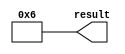
// megafunction wizard: %LPM_CONSTANT%
// GENERATION: STANDARD
// VERSION: WM1.0
// MODULE: LPM_CONSTANT 

// ============================================================
// Megafunction Name(s):
// 			LPM_CONSTANT
//
// Simulation Library Files(s):
// 			
// ============================================================
// ************************************************************
// THIS IS A WIZARD-GENERATED FILE. DO NOT EDIT THIS FILE!
//
// 13.0.1 Build 232 06/12/2013 SP 1 SJ Full Version
// ************************************************************


//Copyright (C) 1991-2013 Altera Corporation
//Your use of Altera Corporation's design tools, logic functions 
//and other software and tools, and its AMPP partner logic 
//functions, and any output files from any of the foregoing 
//(including device programming or simulation files), and any 
//associated documentation or information are expressly subject 
//to the terms and conditions of the Altera Program License 
//Subscription Agreement, Altera MegaCore Function License 
//Agreement, or other applicable license agreement, including, 
//without limitation, that your use is for the sole purpose of 
//programming logic devices manufactured by Altera and sold by 
//Altera or its authorized distributors.  Please refer to the 
//applicable agreement for further details.


//lpm_constant CBX_AUTO_BLACKBOX="ALL" ENABLE_RUNTIME_MOD="NO" LPM_CVALUE=00000006 LPM_WIDTH=32 result
//VERSION_BEGIN 13.0 cbx_lpm_constant 2013:06:12:18:03:43:SJ cbx_mgl 2013:06:12:18:05:10:SJ  VERSION_END
// synthesis VERILOG_INPUT_VERSION VERILOG_2001
// altera message_off 10463


//synthesis_resources = 
//synopsys translate_off
`timescale 1 ps / 1 ps
//synopsys translate_on
module  lpm_constant0_lpm_constant_119
	( 
	result) ;
	output   [31:0]  result;


	assign
		result = 32'b00000000000000000000000000000110;
endmodule //lpm_constant0_lpm_constant_119
//VALID FILE


// synopsys translate_off
`timescale 1 ps / 1 ps
// synopsys translate_on
module lpm_constant0 (
	result);

	output	[31:0]  result;

	wire [31:0] sub_wire0;
	wire [31:0] result = sub_wire0[31:0];

	lpm_constant0_lpm_constant_119	lpm_constant0_lpm_constant_119_component (
				.result (sub_wire0));

endmodule

// ============================================================
// CNX file retrieval info
// ============================================================
// Retrieval info: PRIVATE: INTENDED_DEVICE_FAMILY STRING "Cyclone II"
// Retrieval info: PRIVATE: JTAG_ENABLED NUMERIC "0"
// Retrieval info: PRIVATE: JTAG_ID STRING "NONE"
// Retrieval info: PRIVATE: Radix NUMERIC "10"
// Retrieval info: PRIVATE: SYNTH_WRAPPER_GEN_POSTFIX STRING "0"
// Retrieval info: PRIVATE: Value NUMERIC "6"
// Retrieval info: PRIVATE: nBit NUMERIC "32"
// Retrieval info: PRIVATE: new_diagram STRING "1"
// Retrieval info: LIBRARY: lpm lpm.lpm_components.all
// Retrieval info: CONSTANT: LPM_CVALUE NUMERIC "6"
// Retrieval info: CONSTANT: LPM_HINT STRING "ENABLE_RUNTIME_MOD=NO"
// Retrieval info: CONSTANT: LPM_TYPE STRING "LPM_CONSTANT"
// Retrieval info: CONSTANT: LPM_WIDTH NUMERIC "32"
// Retrieval info: USED_PORT: result 0 0 32 0 OUTPUT NODEFVAL "result[31..0]"
// Retrieval info: CONNECT: result 0 0 32 0 @result 0 0 32 0
// Retrieval info: GEN_FILE: TYPE_NORMAL lpm_constant0.v TRUE
// Retrieval info: GEN_FILE: TYPE_NORMAL lpm_constant0.inc FALSE
// Retrieval info: GEN_FILE: TYPE_NORMAL lpm_constant0.cmp FALSE
// Retrieval info: GEN_FILE: TYPE_NORMAL lpm_constant0.bsf TRUE FALSE
// Retrieval info: GEN_FILE: TYPE_NORMAL lpm_constant0_inst.v FALSE
// Retrieval info: GEN_FILE: TYPE_NORMAL lpm_constant0_bb.v TRUE